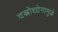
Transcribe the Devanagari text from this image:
वस्त्रोद्योगामुळे